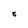
Character: 8